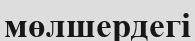
мөлшердегі